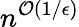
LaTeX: n^{\mathcal{O}(1/\epsilon)}